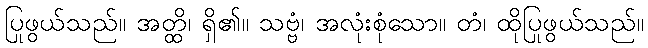
ပြုဖွယ်သည်။ အတ္ထိ၊ ရှိ၏။ သဗ္ဗံ၊ အလုံးစုံသော။ တံ၊ ထိုပြုဖွယ်သည်။